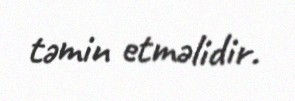
təmin etməlidir.